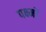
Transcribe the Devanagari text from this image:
पक्ष्मों